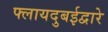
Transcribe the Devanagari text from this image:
फ्लायदुबईद्वारे